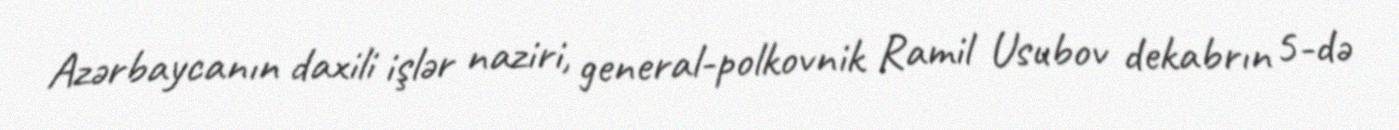
Azərbaycanın daxili işlər naziri, general-polkovnik Ramil Usubov dekabrın 5-də